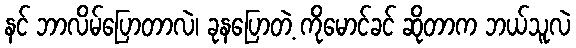
နင် ဘာလိမ်ပြောတာလဲ၊ ခုနပြောတဲ့ ကိုမောင်ခင် ဆိုတာက ဘယ်သူလဲ